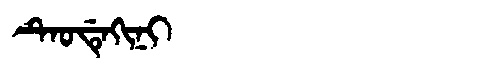
Manchu: ᡨᡝᠣᡩᡝᡴᡳᠨᡳ
Romanization: TEODEKINI